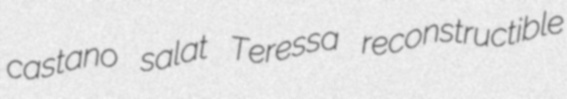
castano salat Teressa reconstructible